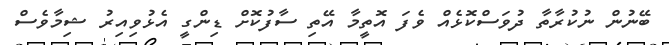
ބޭނުން ނުކުރާތާ ދުވަސްކޮޅެއް ވެފަ އޮތީމާ އޭތި ސާފުކޮށް ޑިންގީ އެޅުވިއިރު ޝިމާވެސް